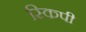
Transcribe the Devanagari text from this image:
स्किपी